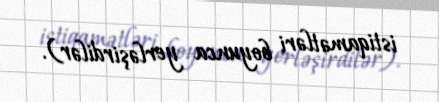
istiqamətləri boyunca yerləşirdilər).